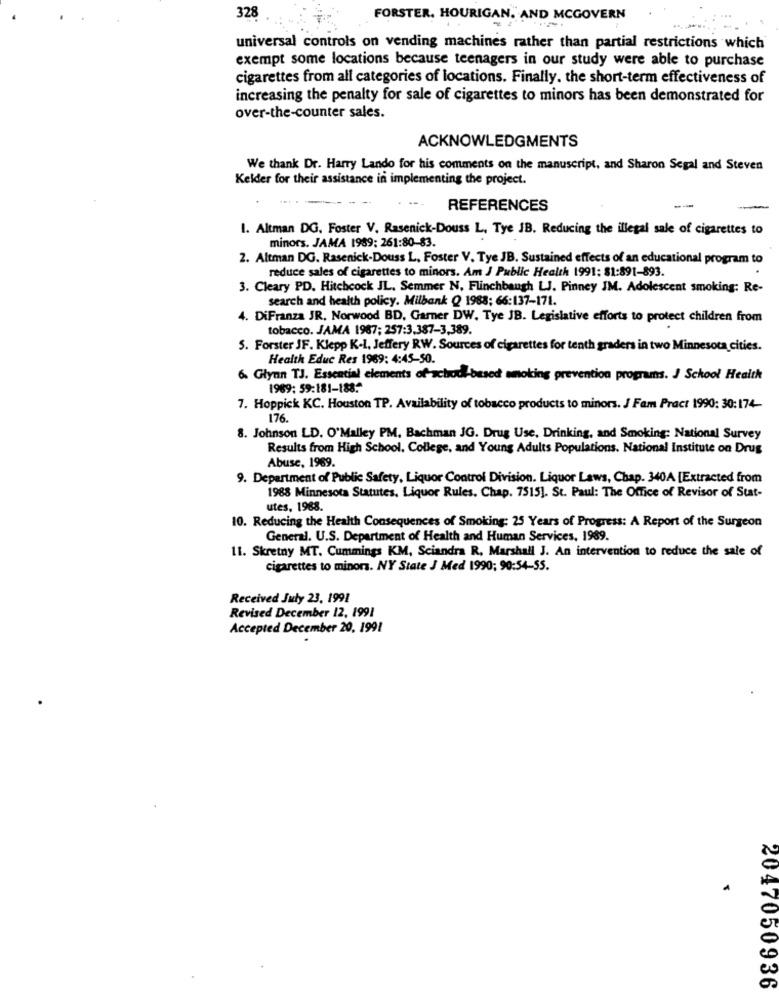
328
FORSTER, HOURIGAN. AND MCGOVERN
universal controls on vending machines rather than partial restrictions which
exempt some locations because teenagers in our study were able to purchase
cigarettes from all categories of locations. Finally, the short-term effectiveness of
increasing the penalty for sale of cigarettes to minors has been demonstrated for
over-the-counter sales.
ACKNOWLEDGMENTS
We thank Dr. Harry Lando for his comments on the manuscript, and Sharon Segal and Steven
Kelder for their assistance in implementing the project.
REFERENCES
1. Altman DG. Foster V. Rasenick-Douss L. Tye JB. Reducing the illegal sale of cigarettes to
minors. JAMA 1989; 261:80-83.
2. Altman DG. Rasenick-Douss L, Foster V. Tye JB. Sustained effects of an educational program to
reduce sales of cigarettes to minors. Am J Public Health 1991: 81:891-893.
3. Cleary PD. Hitchcock JL. Semmer N, Flinchbaugh LJ. Pinney IM. Adolescent smoking: Re-
search and health policy. Milbank Q 1988; 66:137-171.
4. DiFranza JR, Norwood BD, Garner DW. Tye JB. Legislative efforts to protect children from
tobacco. JAMA 1987; 257:3.387-3,389.
5. Forster JF. Klepp K-I, Jeffery RW. Sources of cigarettes for tenth graders in two Minnesota cities.
Health Educ Res 1969: 4:45-50.
6. Glynn TJ. Essential elements of achod-based smoking prevention programs. J School Health
1969: 59:181-188."
7. Hoppick KC. Houston TP. Availability of tobacco products to minors. J Fam Pract 1990: 30:174-
176
8. Johnson LD. O'Malley PM, Bachman JG. Drug Use, Drinking, and Smoking: National Survey
Results from High School. College, and Young Adults Populations. National Institute on Drug
Abuse, 1969.
9. Department of Public Safety, Liquor Control Division. Liquor Laws, Chap. 340A [Extracted from
1988 Minnesota Statutes, Liquor Rules. Chap. 7515]. St. Paul: The Office of Revisor of Stat-
stes, 1968.
10. Reducing the Health Consequences of Smoking: 25 Years of Progress: A Report of the Surgeon
General. U.S. Department of Health and Human Services, 1989.
11. Skretny MT. Cummings KM, Sciandra R, Marshall J. An intervention to reduce the sale of
cigarettes to minors. NY State J Med 1990; 90:54-55.
Received July 23, 1991
Revised December 12, 1991
Accepted December 20, 1991
2047050936